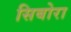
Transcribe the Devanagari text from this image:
सिबोरा